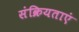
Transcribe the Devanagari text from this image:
संक्रियताएं